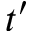
t ^ { \prime }